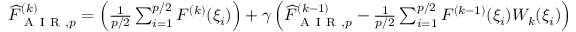
\begin{array} { r } { \widehat { F } _ { \mathrm { ~ A ~ I ~ R ~ } , p } ^ { ( k ) } = \left( \frac { 1 } { p / 2 } \sum _ { i = 1 } ^ { p / 2 } F ^ { ( k ) } ( \xi _ { i } ) \right) + \gamma \left( \widehat { F } _ { \mathrm { ~ A ~ I ~ R ~ } , p } ^ { ( k - 1 ) } - \frac { 1 } { p / 2 } \sum _ { i = 1 } ^ { p / 2 } F ^ { ( k - 1 ) } ( \xi _ { i } ) W _ { k } ( \xi _ { i } ) \right) \, , } \end{array}